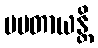
ပပတာယန္တိ